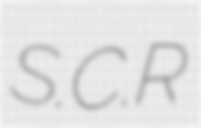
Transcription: S.C.R